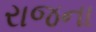
રાજના